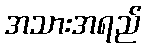
အသားအရည်